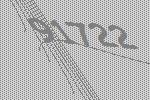
91722